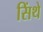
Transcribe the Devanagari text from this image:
सिंथे